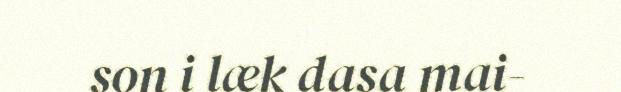
son i læk dasa mai-